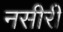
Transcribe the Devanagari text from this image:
नसीरी